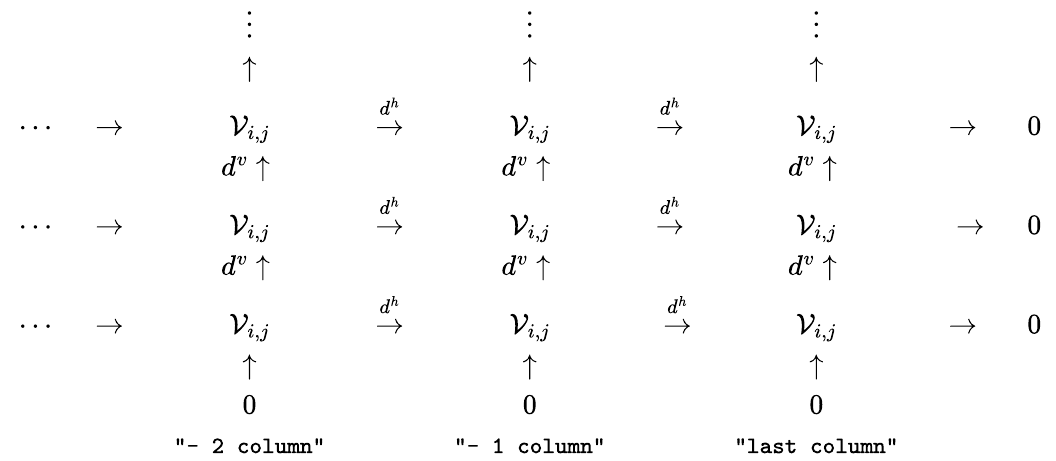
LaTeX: {\mathrm{~\begin{array}{ccccccccccc}{~}&{~}&{~\vdots~}&{~}&{~\vdots~}&{~}&{~\vdots~}&{~}&{~}\\ {~}&{~}&{~\uparrow~}&{~}&{~\uparrow~}&{~}&{~\uparrow~}&{~}&{~}\\ {~\cdots}&{~\rightarrow~}&{~\mathcal{V}_{i,j}~}&{~\overset{d^h}{\rightarrow}~}&{~\mathcal{V}_{i,j}~}&{~\overset{d^h}{\rightarrow}~}&{~\mathcal{V}_{i,j}~}&{~\rightarrow~}&{~0~}\\ {~}&{~}&{~d^v\uparrow~}&{~}&{~d^v\uparrow~}&{~}&{~d^v\uparrow~}&{~}&{~}\\ {~\cdots}&{~\rightarrow~}&{~\mathcal{V}_{i,j}~}&{~\overset{d^h}{\rightarrow}~}&{~\mathcal{V}_{i,j}~}&{~\overset{d^h}{\rightarrow}~}&{~\mathcal{V}_{i,j}~}&{~\rightarrow}&{~0~}\\ {~}&{~}&{~d^v\uparrow~}&{~}&{~d^v\uparrow~}&{~}&{~d^v\uparrow~}&{~}&{~}\\ {~\cdots}&{~\rightarrow~}&{~\mathcal{V}_{i,j}~}&{~\overset{d^h}{\rightarrow}~}&{~\mathcal{V}_{i,j}~}&{~\overset{d^h}{\rightarrow}}&{~\mathcal{V}_{i,j}~}&{~\rightarrow~}&{~0~}\\ {~}&{~}&{~\uparrow~}&{~}&{~\uparrow~}&{~}&{~\uparrow~}&{~}&{~}\\ {~}&{~}&{~0~}&{~}&{~0~}&{~}&{~0~}&{~}&{~}\\ {~}&{~}&{~\mathrm{\small{\texttt{"-~2~column"}}}~}&{~}&{~\mathrm{\small{\texttt{"-~1~column"}}}~}&{~}&{~\mathrm{\small{\texttt{"last~column"}}}~}&{~}&{~}\end{array}~}}